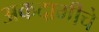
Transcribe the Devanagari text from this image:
अकदामीचे